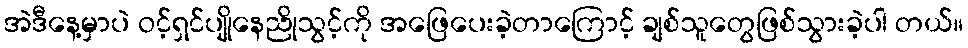
အဲဒီနေ့မှာပဲ ဝင့်ရှင်ပျိုနေညိုသွင့်ကို အဖြေပေးခဲ့တာကြောင့် ချစ်သူတွေဖြစ်သွားခဲ့ပါ တယ်။